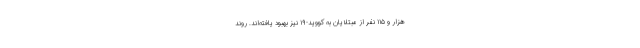
هزار و ۱۱۵ نفر از مبتلایان به کووید-۱۹ نیز بهبود یافته‌اند. روند